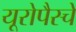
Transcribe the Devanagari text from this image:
यूरोपैस्चे